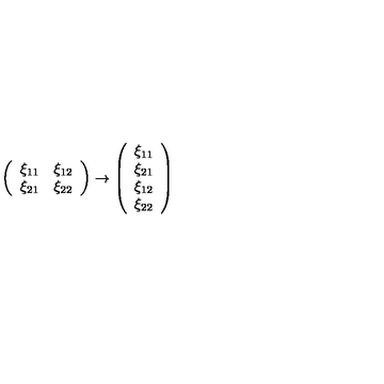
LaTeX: \left( \begin{array} { l l } { \xi _ { 1 1 } } & { \xi _ { 1 2 } } \\ { \xi _ { 2 1 } } & { \xi _ { 2 2 } } \\ \end{array} \right) \rightarrow \left( \begin{array} { l } { \xi _ { 1 1 } } \\ { \xi _ { 2 1 } } \\ { \xi _ { 1 2 } } \\ { \xi _ { 2 2 } } \\ \end{array} \right)